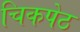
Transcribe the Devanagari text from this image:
चिकपेठ